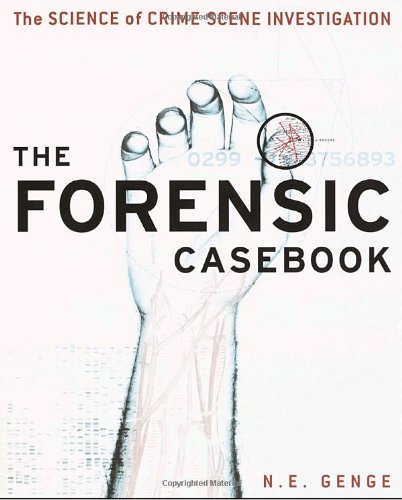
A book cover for The Forensic Casebook: The Science of Crime Scene Investigation; Ngaire E. Genge; Law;